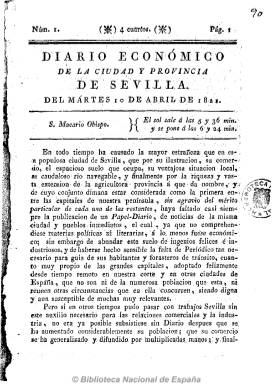
Título: Diario económico de la ciudad y provincia de Sevilla
Colección: Periódicos anteriores a 1850
Ámbito geográfico: Sevilla
Lugar de publicación: Sevilla
Fechas: 10/04/1821-11/12/1822

Con la restauración de la Constitución doceañista y la libertad de imprenta empezará a salir de nuevo un diario en Sevilla. Lo será de las prensas de la Imprenta de María del Carmen Padrino, a partir del 10 de abril de 1821. Dará especial importancia a las noticias de carácter económico, pero también dará cuenta de cuantas decisiones adopte el nuevo gobierno político de la provincia. De carácter constitucionalista y liberal comenzará cada número, de cuatro páginas y foliación seguida, con el santoral, las observaciones astronómicas y el jubileo. Ofrecerá noticias del Reino (decretos, información parlamentaria, actividad militar, etc.) y extranjeras, algunas extractadas de otros periódicos y otras procedentes de la correspondencia particular. También publicará noticias locales, como los precios de granos y semillas de la Alhóndiga y de los productos del matadero o el movimiento portuario; anuncios de compras, ventas, arriendos, subastas, empleos, etc., así como de las representaciones en el teatro de la ciudad. También en su sección Literatura informará sobre las novedades bibliográficas, o resumirá las sentencias de los tribunales de justicia.

Será eminentemente un diario que sigue la tradición de la prensa noticiosa española, y publicará numerosos suplementos o números extraordinarios, de dos páginas, generalmente con las órdenes o decretos del poder político de la provincia. Estuvo publicándose hasta diciembre de 1822.